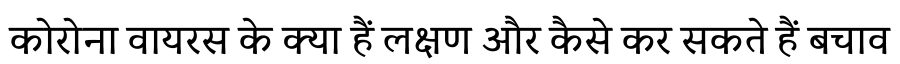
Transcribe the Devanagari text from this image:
कोरोना वायरस के क्या हैं लक्षण और कैसे कर सकते हैं बचाव